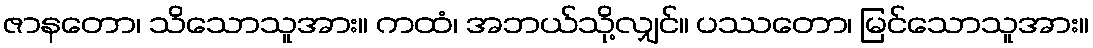
ဇာနတော၊ သိသောသူအား။ ကထံ၊ အဘယ်သို့လျှင်။ ပဿတော၊ မြင်သောသူအား။